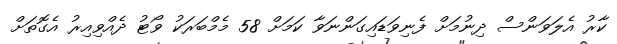
ކާރު އެލަވަންސް ދިނުމަށް ފެނިވަޑައިގަންނަވާ ކަމަށް 58 މެމްބަރަކު ވޯޓު ދެއްވިއިރު އެގޮތަށް